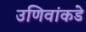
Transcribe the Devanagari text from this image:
उणिवांकडे